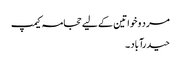
مرد و خواتین کے لیے حجامہ کیمپ
حیدرآباد ۔